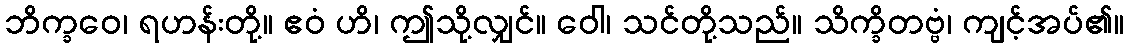
ဘိက္ခဝေ၊ ရဟန်းတို့။ ဧဝံ ဟိ၊ ဤသို့လျှင်။ ဝေါ၊ သင်တို့သည်။ သိက္ခိတဗ္ဗံ၊ ကျင့်အပ်၏။